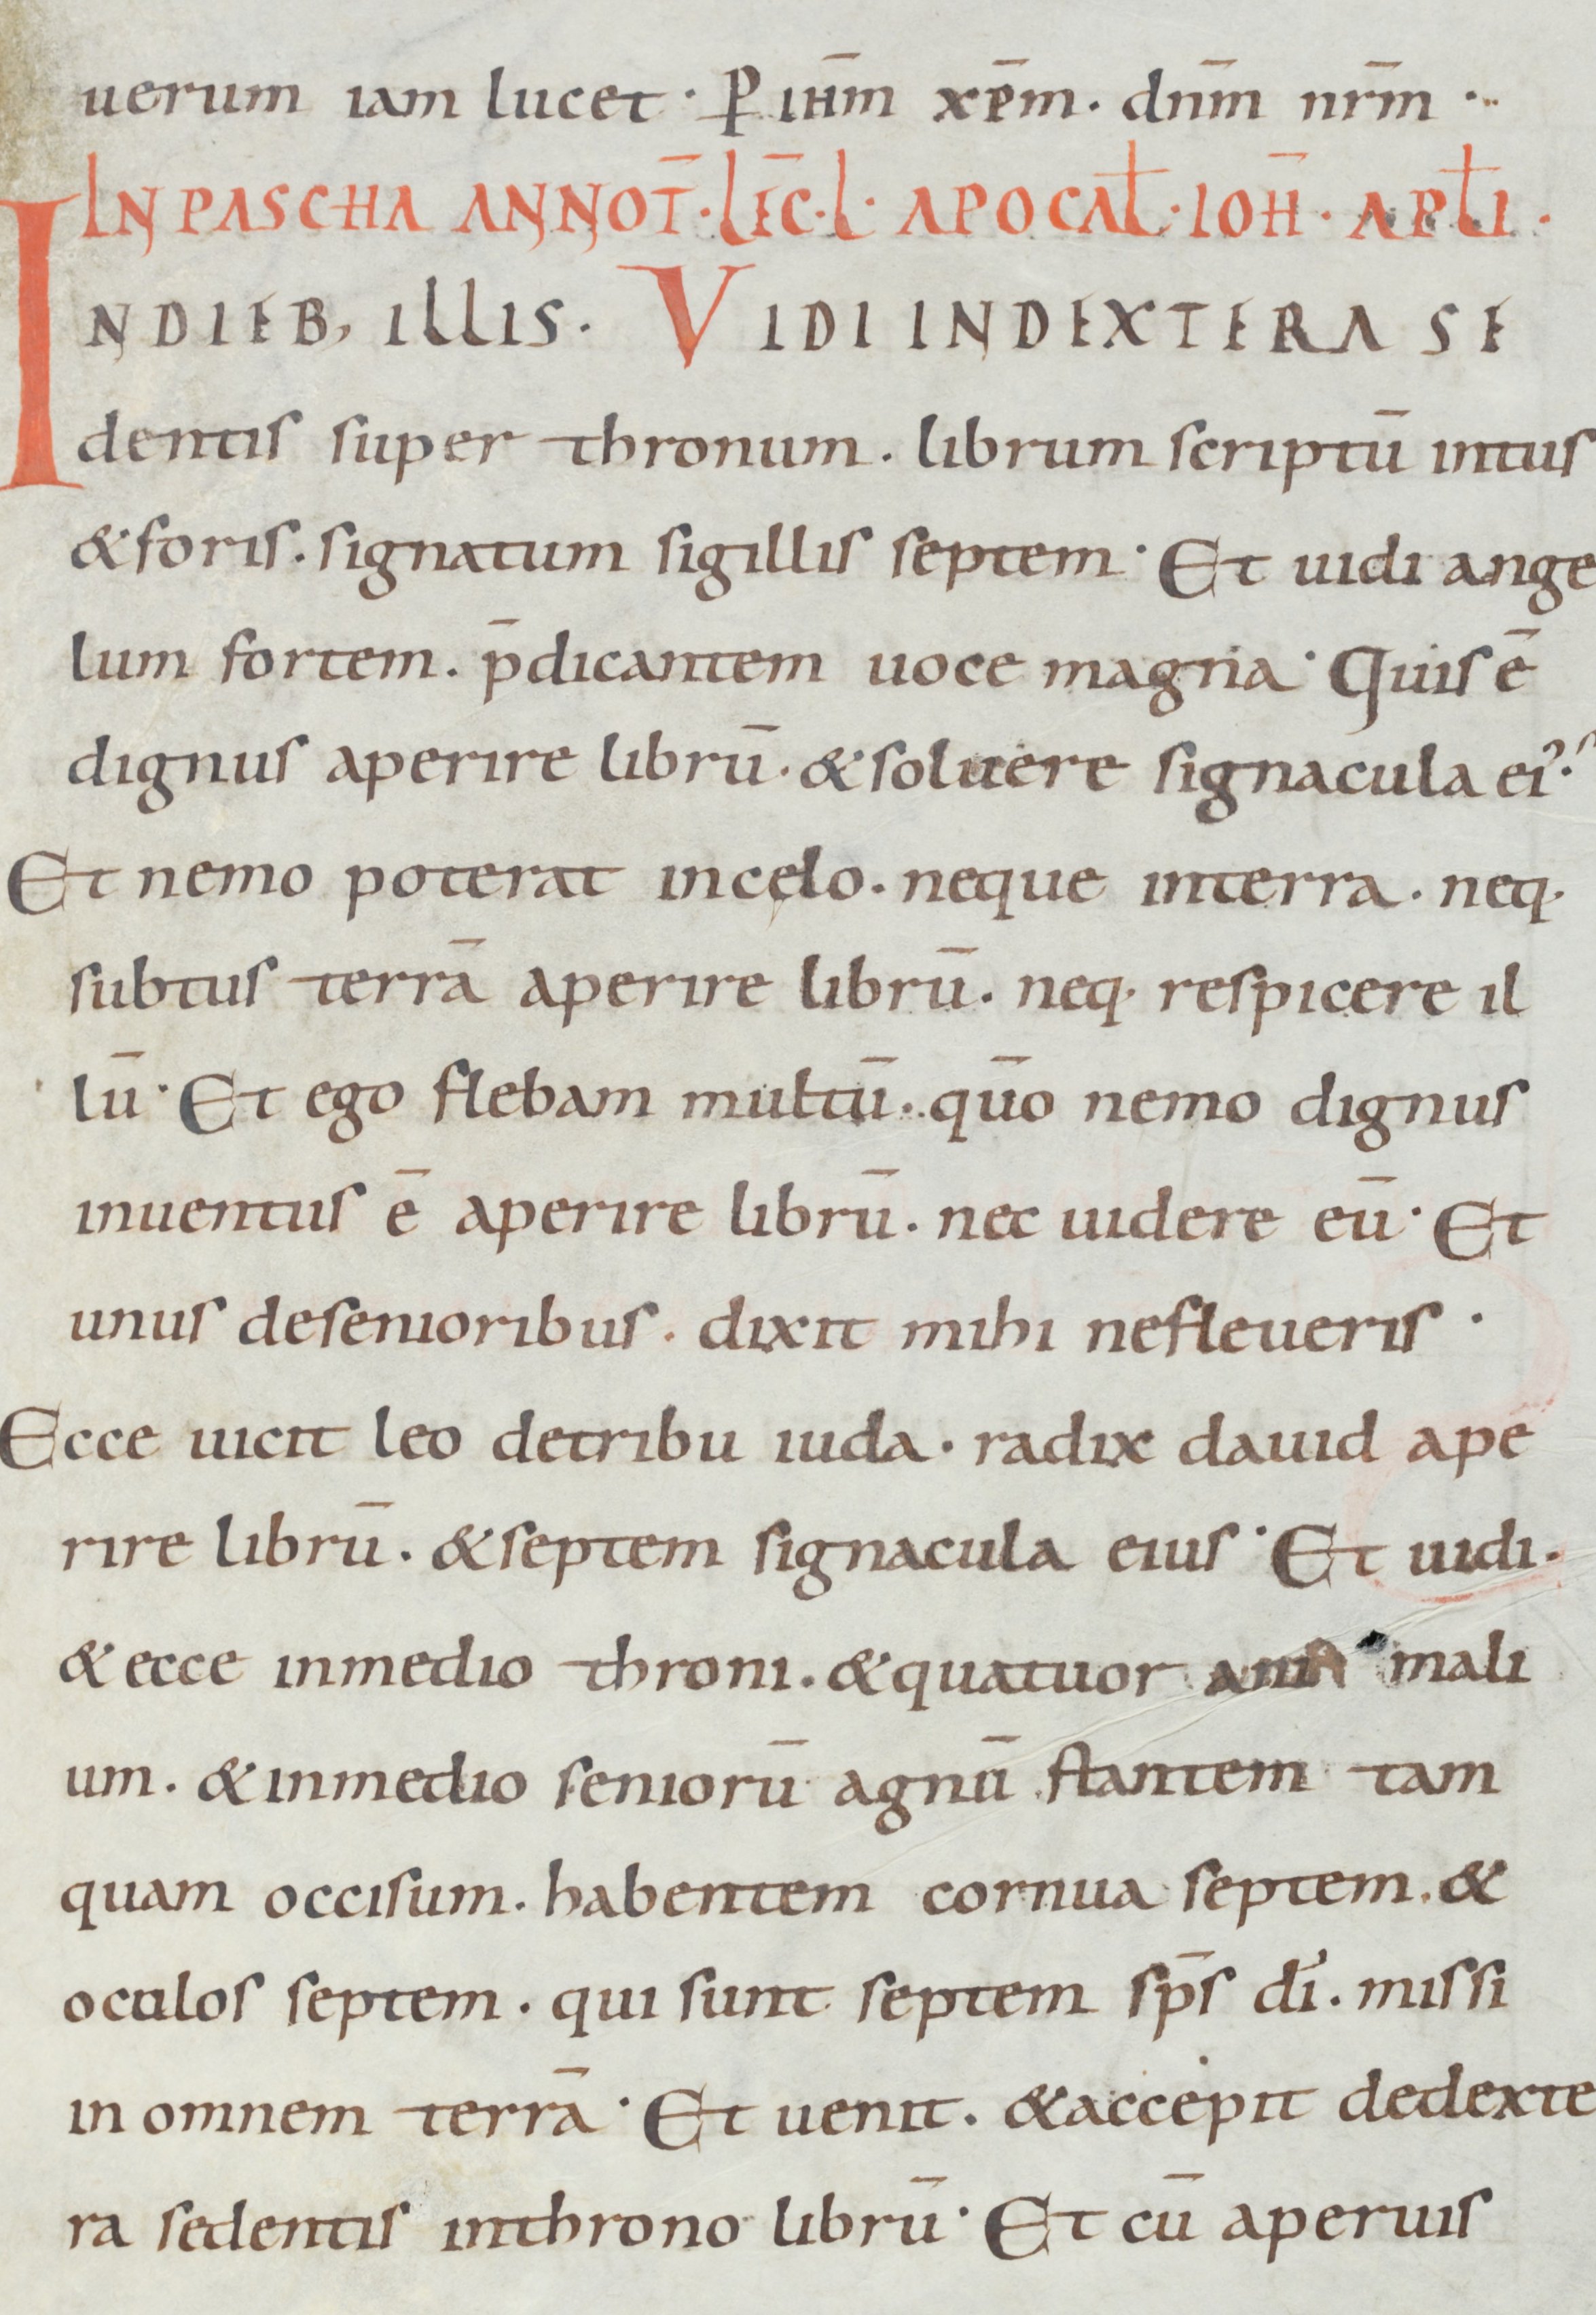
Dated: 900–949